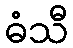
ဓံသီ